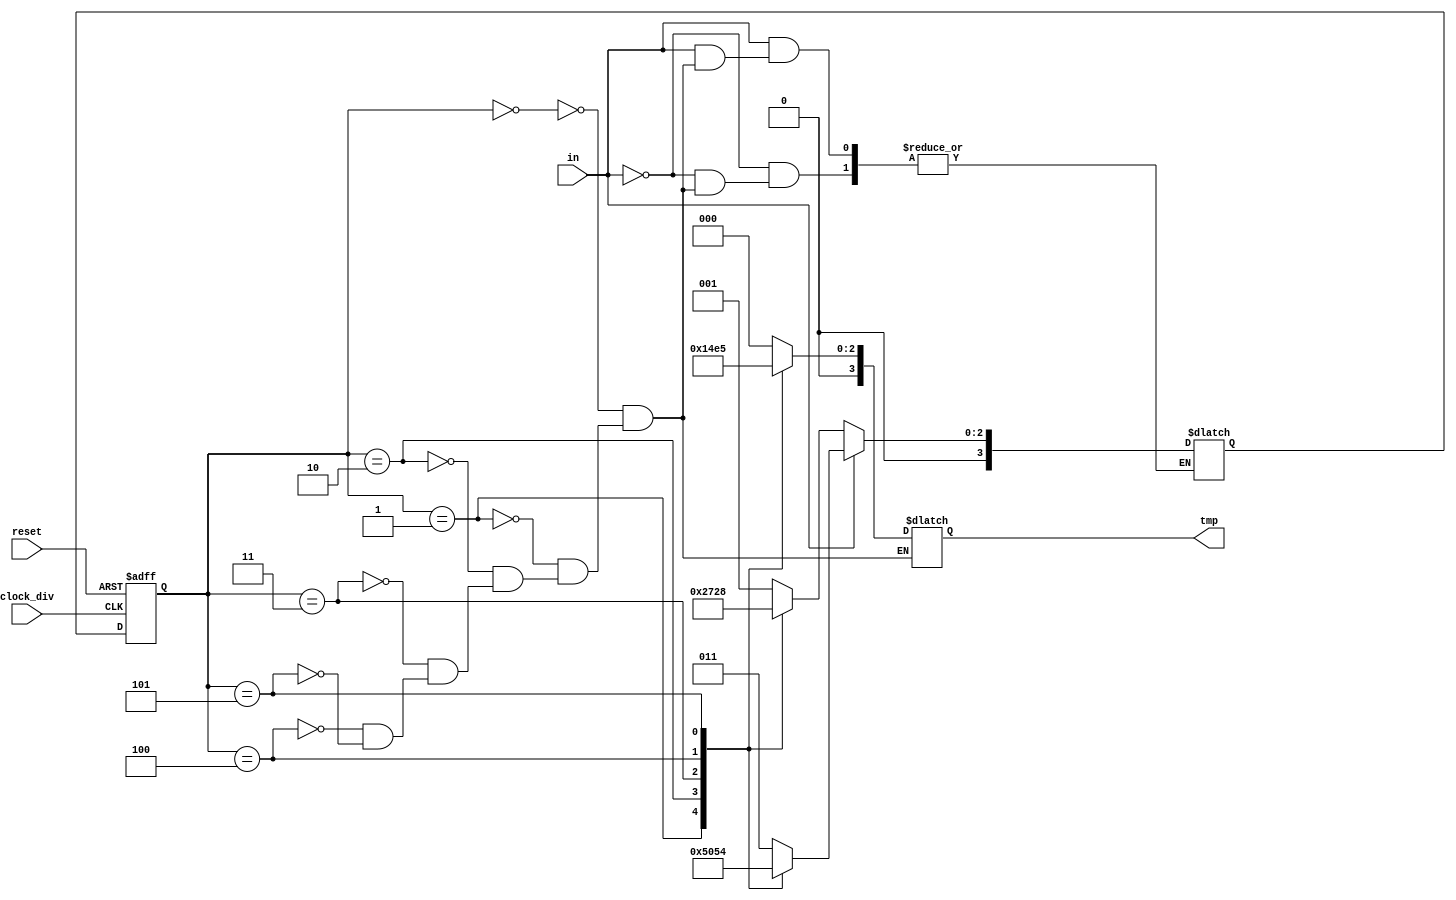
module Moore(clock_div, reset, in, tmp);

input clock_div, reset, in;
output reg [3:0] tmp;
reg[3:0] current, next;

parameter[3:0]ST0 = 4'b0000,
              ST1 = 4'b0001,
              ST2 = 4'b0010,
              ST3 = 4'b0011,
			  ST4 = 4'b0100,
			  ST5 = 4'b0101;

always@(posedge clock_div or negedge reset)
begin
    if(reset == 0)
            current = ST0;
    else
        current = next;
end

always@(in or current)
begin
	if(in == 0)
	begin
		case(current)
			ST0: next = ST1;
			ST1: next = ST2;
			ST2: next = ST3;
			ST3: next = ST4;
			ST4: next = ST5;
			ST5: next = ST0;
      endcase
	end
   else
	begin
	  case(current)
			ST0: next = ST3;
			ST1: next = ST5;
			ST2: next = ST0;
			ST3: next = ST1;
			ST4: next = ST2;
			ST5: next = ST4;
	  endcase
	end
end

always@(current)
begin
    case(current)
        ST0: tmp = ST0;
        ST1: tmp = ST1;
        ST2: tmp = ST2;
        ST3: tmp = ST3;
        ST4: tmp = ST4;
        ST5: tmp = ST5;
    endcase 
end
endmodule